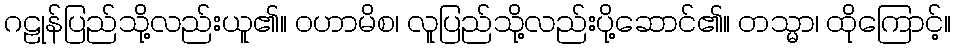
ဂဠုန်ပြည်သို့လည်းယူ၏။ ဝဟာမိစ၊ လူပြည်သို့လည်းပို့ဆောင်၏။ တသ္မာ၊ ထိုကြောင့်။